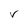
Character: V